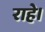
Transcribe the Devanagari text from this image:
राहे।